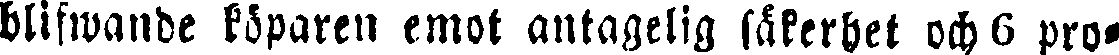
blifwande köparen emot antagelig säkerhet och 6 pro-